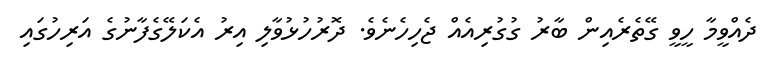
ދެއްވީމާ ހީވީ ގޭތެރެއިން ބާރު ގުގުރިއެއް ޖެހިހެނެވެ. ދޮރުހުޅުވާލި އިރު އެކަލޭގެފާނުގެ އަރިހުގައި